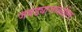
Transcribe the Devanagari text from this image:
जबड्याजवळील